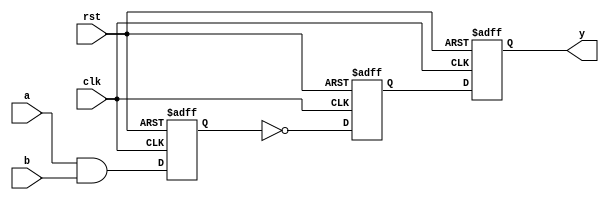
module nand_gate_delay (
    input wire a,
    input wire b,
    input wire clk,
    input wire rst,
    output reg y
);

reg internal_signal1, internal_signal2;

always @(posedge clk or posedge rst) begin
    if (rst) begin
        internal_signal1 <= 1'b0;
        internal_signal2 <= 1'b0;
        y <= 1'b0;
    end else begin
        internal_signal1 <= a & b;
        internal_signal2 <= ~internal_signal1;
        y <= internal_signal2;
    end
end

endmodule